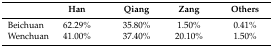
|  | Han | Qiang | Zang | Others |
 | --- | --- | --- | --- | --- |
 | Beichuan | 62.29% | 35.80% | 1.50% | 0.41% |
 | Wenchuan | 41.00% | 37.40% | 20.10% | 1.50% |